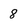
Character: 8